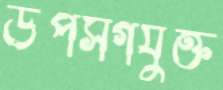
উপসর্গযুক্ত